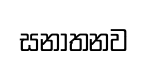
සනාතනව